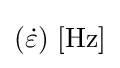
({\dot {\varepsilon }})\ \mathrm {[Hz]}